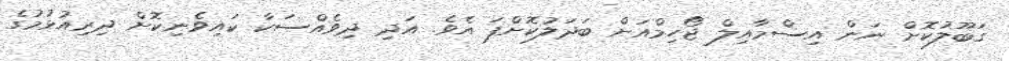
ގަބޫލުކޮށް ނަން އިސްމާއިލް ޖޯހިމްއަށް ބަދަލުކޮށްފަ އެވެ. އަދި ދިވެއްސަކާ ކައިވެނިކޮށް ދިރިއުޅުމުގެ